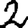
Digit: 2